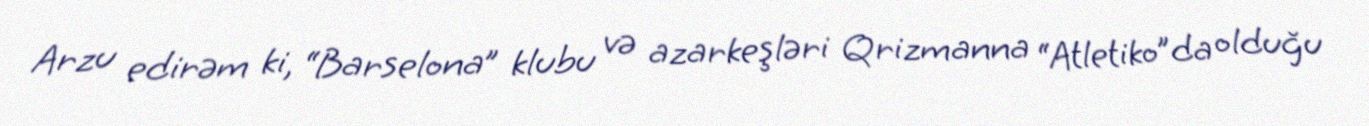
Arzu edirəm ki, “Barselona” klubu və azarkeşləri Qrizmanna “Atletiko”da olduğu